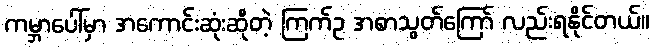
ကမ္ဘာပေါ်မှာ အကောင်းဆုံးဆိုတဲ့ ကြက်ဥ အစာသွတ်ကြော် လည်းရနိုင်တယ်။